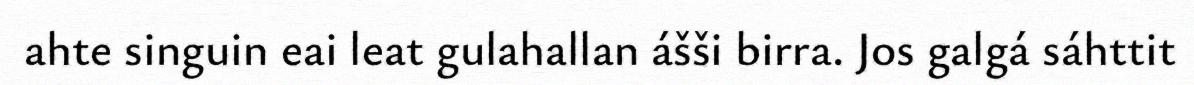
ahte singuin eai leat gulahallan ášši birra. Jos galgá sáhttit